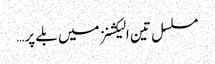
مسلسل تین الیکشنز میں بلے پر…